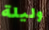
وليلة